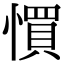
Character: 𢠼